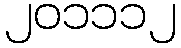
၂၀၁၁၁၂